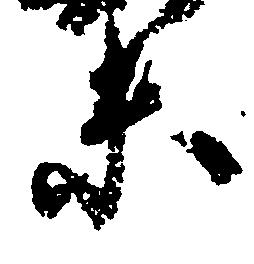
未